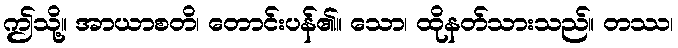
ဤသို့။ အာယာစတိ၊ တောင်းပန်၏။ သော၊ ထိုနတ်သားသည်။ တဿ၊